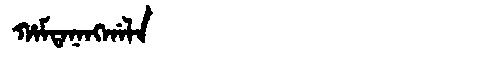
Manchu: ᡥᠠᠮᡨᠠᠨᠠᠩᡤᠠᠯᠠ
Romanization: HAMTANANGGALA